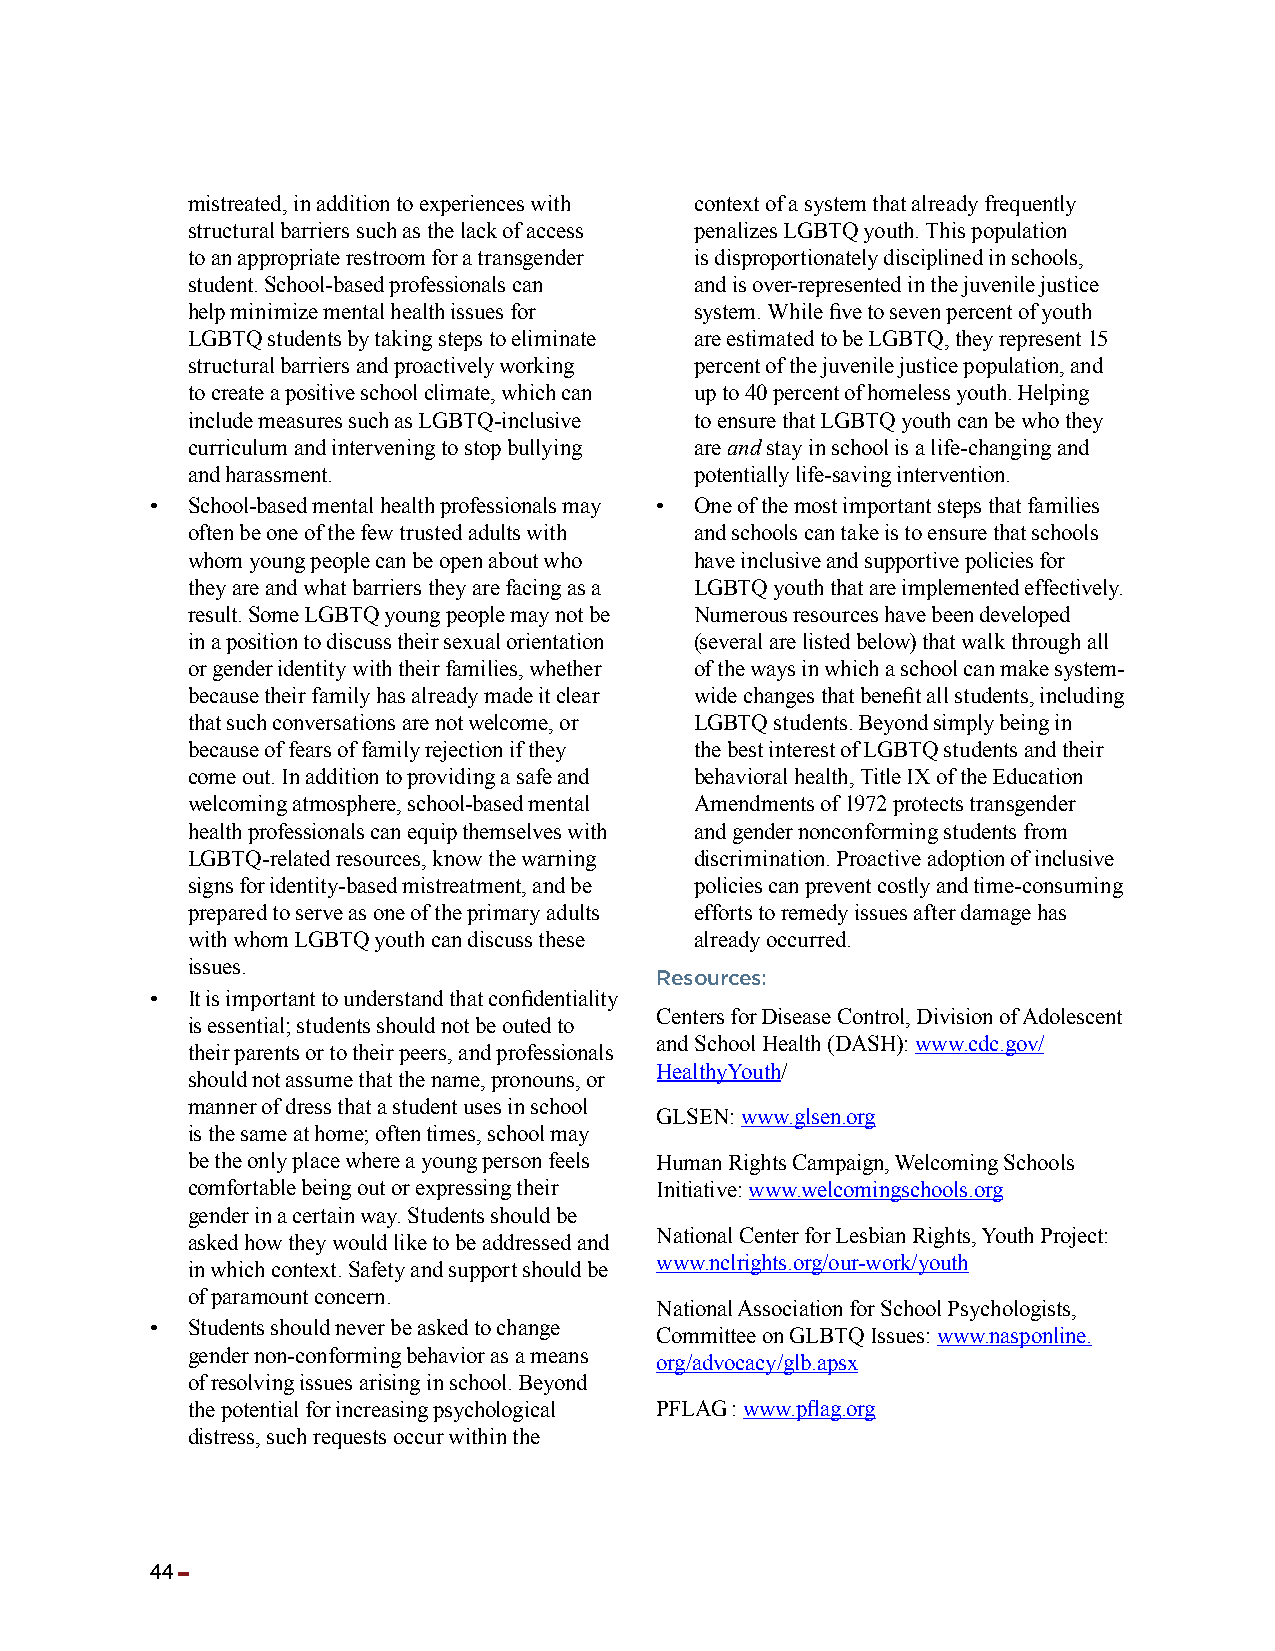
mistreated, in addition to experiences with context of a system that already frequently
 structural barriers such as the lack of access penalizes LGBTQ youth. This population
 to an appropriate restroom for a transgender is disproportionately disciplined in schools,
 student. School-based professionals can and is over-represented in the juvenile justice
 help minimize mental health issues for system. While five to seven percent of youth
 LGBTQ students by taking steps to eliminate are estimated to be LGBTQ, they represent 15
 structural barriers and proactively working percent of the juvenile justice population, and
 to create a positive school climate, which can up to 40 percent of homeless youth. Helping
 include measures such as LGBTQ-inclusive to ensure that LGBTQ youth can be who they
 curriculum and intervening to stop bullying are and stay in school is a life-changing and
 and harassment.                   potentially life-saving intervention.
 • School-based mental health professionals may • One of the most important steps that families
 often be one of the few trusted adults with and schools can take is to ensure that schools
 whom young people can be open about who have inclusive and supportive policies for
 they are and what barriers they are facing as a LGBTQ youth that are implemented effectively.
 result. Some LGBTQ young people may not be Numerous resources have been developed
 in a position to discuss their sexual orientation (several are listed below) that walk through all
 or gender identity with their families, whether of the ways in which a school can make system-
 because their family has already made it clear wide changes that benefit all students, including
 that such conversations are not welcome, or LGBTQ students. Beyond simply being in
 because of fears of family rejection if they the best interest of LGBTQ students and their
 come out. In addition to providing a safe and behavioral health, Title IX of the Education
 welcoming atmosphere, school-based mental Amendments of 1972 protects transgender
 health professionals can equip themselves with and gender nonconforming students from
 LGBTQ-related resources, know the warning discrimination. Proactive adoption of inclusive
 signs for identity-based mistreatment, and be policies can prevent costly and time-consuming
 prepared to serve as one of the primary adults efforts to remedy issues after damage has
 with whom LGBTQ youth can discuss these already occurred.
 issues.
 Resources:
 • It is important to understand that confidentiality
 Centers for Disease Control, Division of Adolescent
 is essential; students should not be outed to
 and School Health (DASH): www.cdc.gov/
 their parents or to their peers, and professionals
 HealthyYouth/
 should not assume that the name, pronouns, or
 manner of dress that a student uses in school
 GLSEN: www.glsen.org
 is the same at home; often times, school may
 be the only place where a young person feels Human Rights Campaign, Welcoming Schools
 comfortable being out or expressing their Initiative: www.welcomingschools.org
 gender in a certain way. Students should be
 National Center for Lesbian Rights, Youth Project:
 asked how they would like to be addressed and
 www.nclrights.org/our-work/youth
 in which context. Safety and support should be
 of paramount concern.
 National Association for School Psychologists,
 • Students should never be asked to change
 Committee on GLBTQ Issues: www.nasponline.
 gender non-conforming behavior as a means
 org/advocacy/glb.apsx
 of resolving issues arising in school. Beyond
 the potential for increasing psychological PFLAG : www.pflag.org
 distress, such requests occur within the
 44 ▬